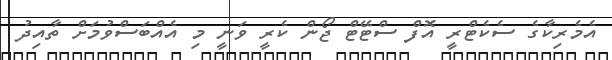
އެމެރިކާގެ ސެކެޓްރީ އޮފް ސްޓޭޓް ޖޯން ކެރީ ވަނީ މި އެއްބަސްވުމަށް ތާއިދު